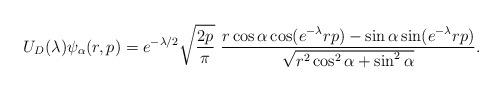
LaTeX: \begin{align*}U_D(\lambda)\psi_\alpha(r,p) = e^{-\lambda/2}\sqrt{\frac{2p}{\pi}}\ \frac{r\cos\alpha\cos (e^{-\lambda}rp) - \sin\alpha\sin (e^{-\lambda}rp)}{\sqrt{r^2\cos^2\alpha + \sin^2\alpha}}.\end{align*}